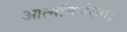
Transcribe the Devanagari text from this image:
आत्मनिर्भरता।